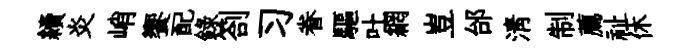
續炎峭饗配錄劄习眷驅吐網豈邰清制薦祉休